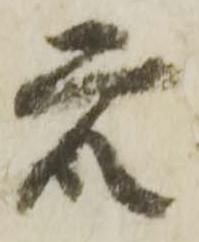
衆